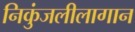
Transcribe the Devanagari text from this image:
निकुंजलीलागान